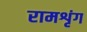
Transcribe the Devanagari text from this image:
रामशृंग